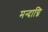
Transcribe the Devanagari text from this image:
मन्‍दाग्नि